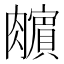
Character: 𰯣